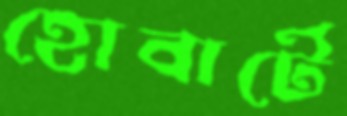
হোবার্টে